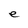
Character: e